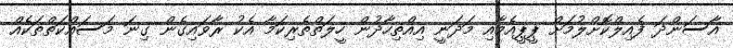
އާސަންދަ ފެއިލްކޮށްލުމަށް ޕީޕީއެމާއި މަދަނީ އިއްތިހާދުން ހީލަތްތެރިކަމާ އެކު ރާވައިގެން ގިނަ މަސައްކަތްތަކެއް